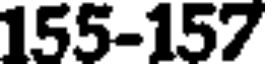
155-157